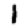
Digit: 1